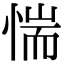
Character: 惴